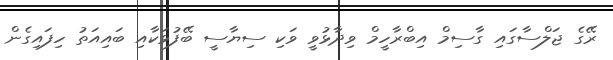
ރޭގެ ޖަލްސާގައި ގާސިމް އިބްރާހީމް ވިދާޅުވީ ވަކި ސިޔާސީ ބޭފުޅަކާއި ބައިއަތު ހިފައިގެން